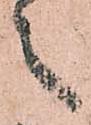
之